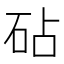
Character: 砧